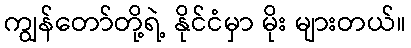
ကျွန်တော်တို့ရဲ့ နိုင်ငံမှာ မိုး များတယ်။